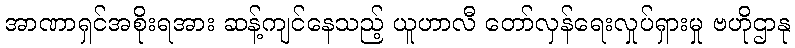
အာဏာရှင်အစိုးရအား ဆန့်ကျင်နေသည့် ယူဟာလီ တော်လှန်ရေးလှုပ်ရှားမှု ဗဟိုဌာနု